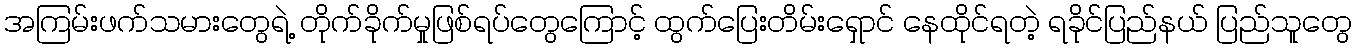
အကြမ်းဖက်သမားတွေရဲ့ တိုက်ခိုက်မှုဖြစ်ရပ်တွေကြောင့် ထွက်ပြေးတိမ်းရှောင် နေထိုင်ရတဲ့ ရခိုင်ပြည်နယ် ပြည်သူတွေ